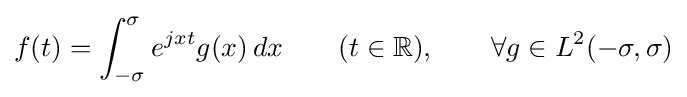
f(t)=\int _{-\sigma }^{\sigma }e^{jxt}g(x)\,dx\qquad (t\in \mathbb {R} ),\qquad \forall g\in L^{2}(-\sigma ,\sigma )